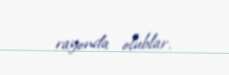
rayonda olublar.